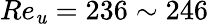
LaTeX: Re_{\mathit{u}}=236\sim246